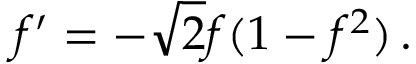
f ^ { \prime } = - \sqrt { 2 } f ( 1 - f ^ { 2 } ) \, .